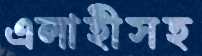
এলাহীসহ